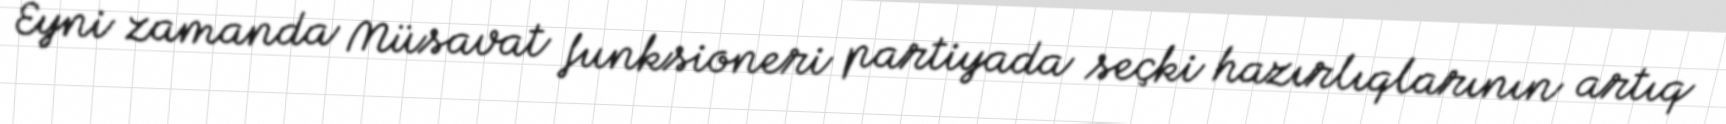
Eyni zamanda Müsavat funksioneri partiyada seçki hazırlıqlarının artıq